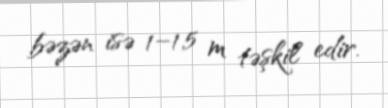
bəzən isə 1–1,5 m təşkil edir.